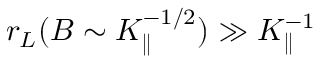
r _ { L } ( B \sim K _ { \parallel } ^ { - 1 / 2 } ) \gg K _ { \parallel } ^ { - 1 }